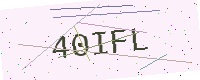
Text: 40IFL